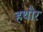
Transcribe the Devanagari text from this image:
हथौर